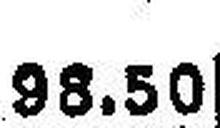
98.50